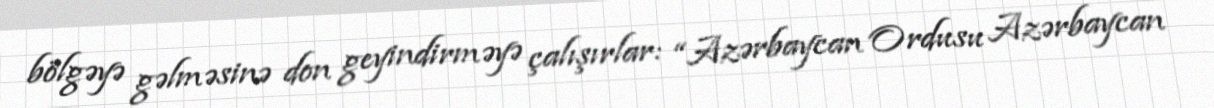
bölgəyə gəlməsinə don geyindirməyə çalışırlar: “Azərbaycan Ordusu Azərbaycan